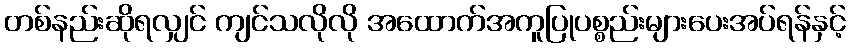
တစ်နည်းဆိုရလျှင် ကျင်သလိုလို အထောက်အကူပြုပစ္စည်းများပေးအပ်ရန်နှင့်